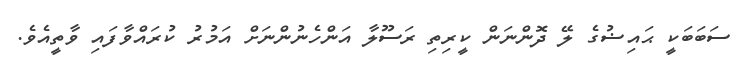
ސަބަބަކީ ޙައިޟުގެ ލޭ ދޮންނަން ކީރިތި ރަސޫލާ އަންހެނުންނަށް އަމުރު ކުރައްވާފައި ވާތީއެވެ.